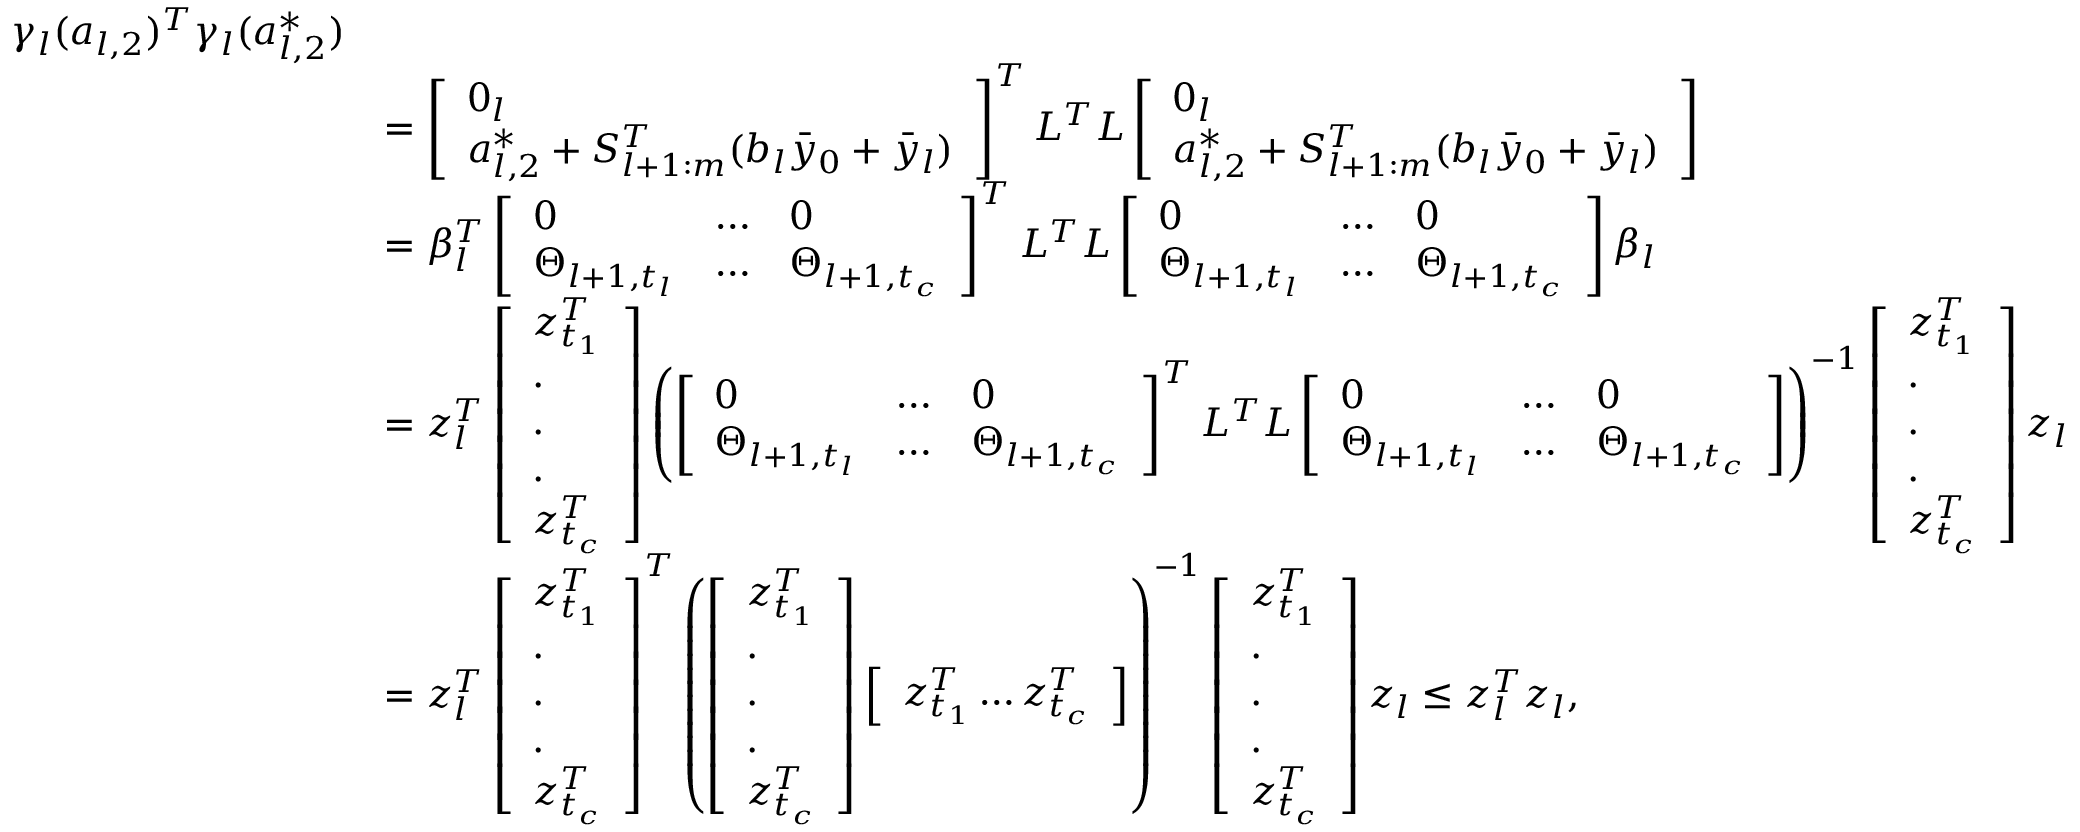
\begin{array} { r l } { \gamma _ { l } ( a _ { l , 2 } ) ^ { T } \gamma _ { l } ( a _ { l , 2 } ^ { * } ) } \\ & { = \left[ \begin{array} { l } { 0 _ { l } } \\ { a _ { l , 2 } ^ { * } + S _ { l + 1 : m } ^ { T } ( b _ { l } \bar { y } _ { 0 } + \bar { y } _ { l } ) } \end{array} \right] ^ { T } L ^ { T } L \left[ \begin{array} { l } { 0 _ { l } } \\ { a _ { l , 2 } ^ { * } + S _ { l + 1 : m } ^ { T } ( b _ { l } \bar { y } _ { 0 } + \bar { y } _ { l } ) } \end{array} \right] } \\ & { = \beta _ { l } ^ { T } \left[ \begin{array} { l l l } { 0 } & { \dots } & { 0 } \\ { \Theta _ { l + 1 , t _ { l } } } & { \dots } & { \Theta _ { l + 1 , t _ { c } } } \end{array} \right] ^ { T } L ^ { T } L \left[ \begin{array} { l l l } { 0 } & { \dots } & { 0 } \\ { \Theta _ { l + 1 , t _ { l } } } & { \dots } & { \Theta _ { l + 1 , t _ { c } } } \end{array} \right] \beta _ { l } } \\ & { = z _ { l } ^ { T } \left[ \begin{array} { l } { z _ { t _ { 1 } } ^ { T } } \\ { . } \\ { . } \\ { . } \\ { z _ { t _ { c } } ^ { T } } \end{array} \right] \left( \left[ \begin{array} { l l l } { 0 } & { \dots } & { 0 } \\ { \Theta _ { l + 1 , t _ { l } } } & { \dots } & { \Theta _ { l + 1 , t _ { c } } } \end{array} \right] ^ { T } L ^ { T } L \left[ \begin{array} { l l l } { 0 } & { \dots } & { 0 } \\ { \Theta _ { l + 1 , t _ { l } } } & { \dots } & { \Theta _ { l + 1 , t _ { c } } } \end{array} \right] \right) ^ { - 1 } \left[ \begin{array} { l } { z _ { t _ { 1 } } ^ { T } } \\ { . } \\ { . } \\ { . } \\ { z _ { t _ { c } } ^ { T } } \end{array} \right] z _ { l } } \\ & { = z _ { l } ^ { T } \left[ \begin{array} { l } { z _ { t _ { 1 } } ^ { T } } \\ { . } \\ { . } \\ { . } \\ { z _ { t _ { c } } ^ { T } } \end{array} \right] ^ { T } \left( \left[ \begin{array} { l } { z _ { t _ { 1 } } ^ { T } } \\ { . } \\ { . } \\ { . } \\ { z _ { t _ { c } } ^ { T } } \end{array} \right] \left[ \begin{array} { l } { z _ { t _ { 1 } } ^ { T } \dots z _ { t _ { c } } ^ { T } } \end{array} \right] \right) ^ { - 1 } \left[ \begin{array} { l } { z _ { t _ { 1 } } ^ { T } } \\ { . } \\ { . } \\ { . } \\ { z _ { t _ { c } } ^ { T } } \end{array} \right] z _ { l } \leq z _ { l } ^ { T } z _ { l } , } \end{array}